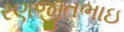
રણજીતભાઇ